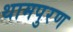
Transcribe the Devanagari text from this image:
थामपुरण